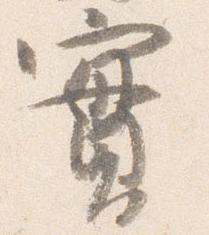
実